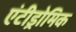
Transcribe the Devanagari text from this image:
एंटीड्रोमिक